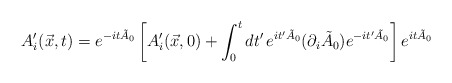
\begin{align*}A'_{i}(\vec{x},t) = e^{-it\tilde{A}_{0}}\left[A'_{i}(\vec{x},0) +\int_{0}^{t}dt'\, e^{it'\tilde{A}_{0}} (\partial_{i}\tilde{A}_{0})e^{-it'\tilde{A}_{0}} \right] e^{it\tilde{A}_{0}}\end{align*}